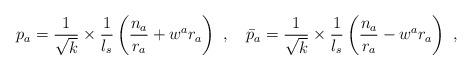
LaTeX: \begin{align*}p_a = \frac{1}{\sqrt{k}}\times\frac{1}{l_s}\left(\frac{n_a}{r_a}+w^ar_a\right) ~,~~~\bar{p}_a = \frac{1}{\sqrt{k}}\times\frac{1}{l_s}\left(\frac{n_a}{r_a}-w^ar_a\right) ~,\end{align*}